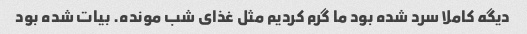
دیگه کاملا سرد شده بود ما گرم کردیم مثل غذای شب مونده. بیات شده بود